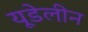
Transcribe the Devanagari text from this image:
यूडेलीन